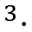
^ 3 \cdot